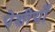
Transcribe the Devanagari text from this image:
पेशीयोँ